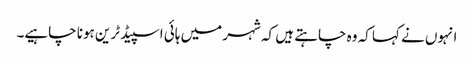
انہوں نے کہا کہ وہ چاہتے ہیں کہ شہر میں ہائی اسپیڈ ٹرین ہونا چاہیے۔